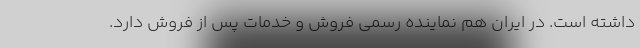
داشته است. در ایران هم نماینده رسمی فروش و خدمات پس از فروش دارد.